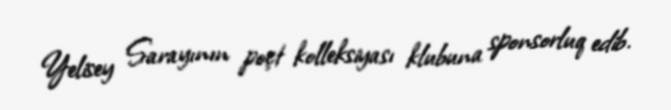
Yelisey Sarayının poçt kolleksiyası klubuna sponsorluq edib.